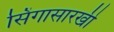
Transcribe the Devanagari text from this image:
सिंगासारखी